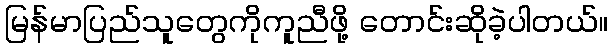
မြန်မာပြည်သူတွေကိုကူညီဖို့ တောင်းဆိုခဲ့ပါတယ်။